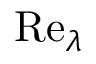
\mathrm { R e } _ { \lambda }